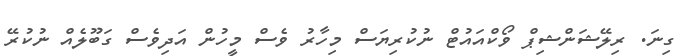
ގިނަ. ރިލޭޝަންޝިޕް ވޯކްއައުޓް ނުކުރިޔަސް މިހާރު ވެސް މީހުން އަދިވެސް ގަބޫލެއް ނުކުރޭ